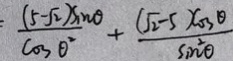
: \frac { ( 5 - \sqrt { 2 } ) \sin \theta } { \cos \theta ^ { 2 } } + \frac { ( \sqrt { 2 } - 5 ) \cos \theta } { \sin ^ { 2 } \theta }